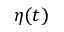
\eta ( t )